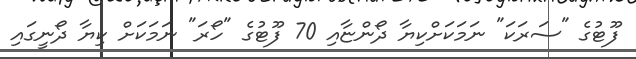
ފޫޓުގެ "ސަރަކަ" ނަމަކަށްކިޔާ ދޯންޏާއި 70 ފޫޓުގެ "ހޯރަ" ނަމަކަށް ކިޔާ ދޯނީގައި